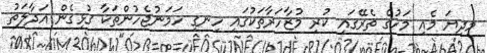
މިދިޔަ މެއި މަހުގެ ތެރޭގައި ކުރި މުޒާހަރާތަކުގައި ހިނގި ހަމަނުޖެހުންތަކާ ގުޅިގެން އަދާލަތު